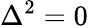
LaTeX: \Delta^{2}=0